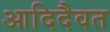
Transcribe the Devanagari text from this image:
आदिदैवत